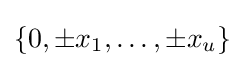
\{0,\pm x_{1},\dots ,\pm x_{u}\}